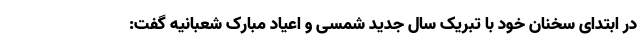
در ابتدای سخنان خود با تبریک سال جدید شمسی و اعیاد مبارک شعبانیه گفت: